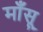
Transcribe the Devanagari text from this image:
माँसू